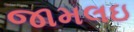
જામલઇ